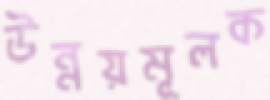
উন্নয়মূলক